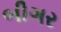
બીગર